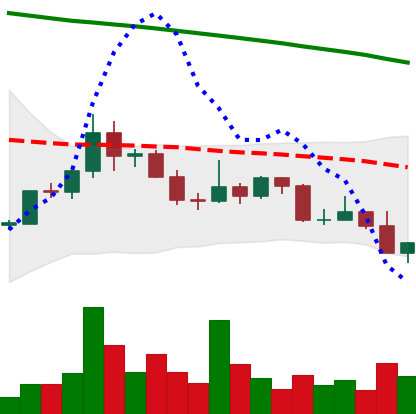
Ticker: DOGE-USD
Chart end date: 2022-02-22
Forward return: -6.417%
Label: down_5_7